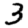
Digit: 3